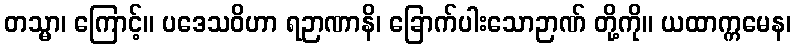
တသ္မာ၊ ကြောင့်။ ပဒေသဝိဟာ ရဉာဏာနိ၊ ခြောက်ပါးသောဉာဏ် တို့ကို။ ယထာက္ကမေန၊